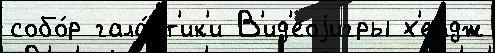
собо́р гала́кт'ик'и В'ид'еоjигры х'ендж